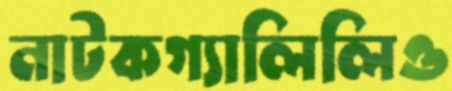
নাটকগ্যালিলিও